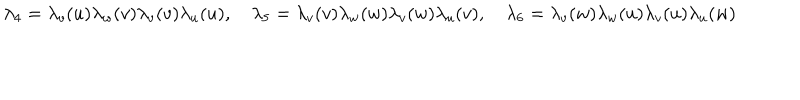
\lambda _ { 4 } = \lambda _ { v } ( u ) \lambda _ { w } ( v ) \lambda _ { v } ( v ) \lambda _ { u } ( u ) , \quad \lambda _ { 5 } = \lambda _ { v } ( v ) \lambda _ { w } ( w ) \lambda _ { v } ( w ) \lambda _ { u } ( v ) , \quad \lambda _ { 6 } = \lambda _ { v } ( w ) \lambda _ { w } ( u ) \lambda _ { v } ( u ) \lambda _ { u } ( w )